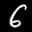
Label: 6